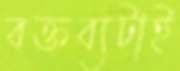
বক্তব্যটাই